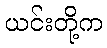
ယင်းတို့က